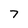
Character: 7